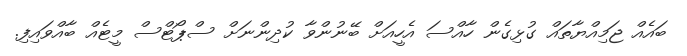
ބައެއް ޖަމިއްޔާތައް ގުޅިގެން ހާއްސަ އެހީއަށް ބޭނުންވާ ކުދިންނަށް ސްޕޯޓްސް މީޓެއް ބާއްވައިފި.